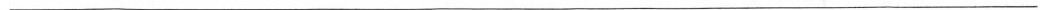
___